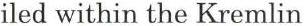
iled within the Kremlin